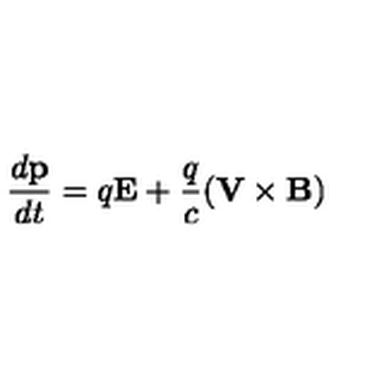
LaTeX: \frac { d { \bf p } } { d t } = q { \bf E } + \frac { q } { c } ( { \bf V } \times { \bf B } )